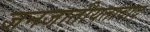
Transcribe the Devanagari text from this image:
जनजातीयतावाद